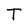
Character: T